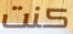
كنت